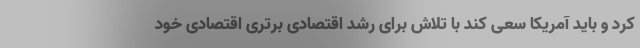
کرد و باید آمریکا سعی کند با تلاش برای رشد اقتصادی برتری اقتصادی خود